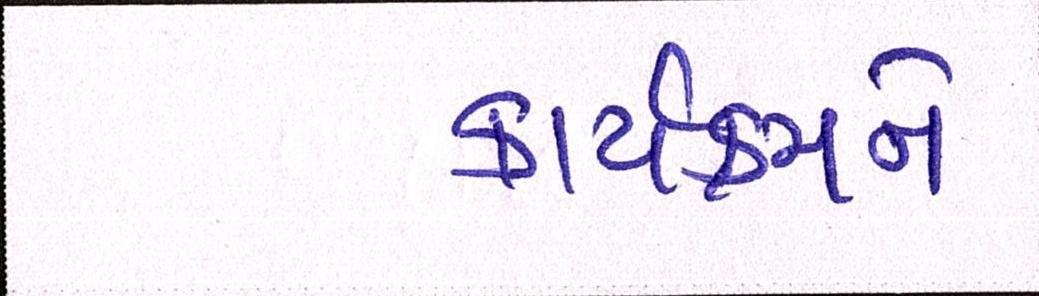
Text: કાર્યક્રમને